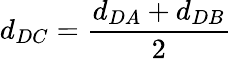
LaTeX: d_{DC}=\frac{d_{DA}+d_{DB}}{2}